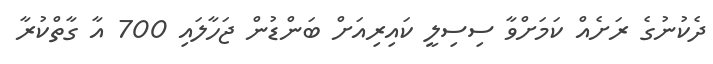
ދެކުނުގެ ރަށެއް ކަމަށްވާ ސިސިލީ ކައިރިއަށް ބަންޑުން ޖަހާލައި 700 އާ ގާތްކުރާ